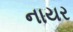
નાયર